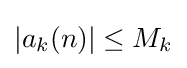
\left|a_{k}(n)\right|\leq M_{k}